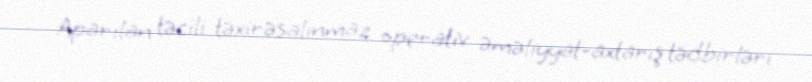
Aparılan təcili təxirəsalınmaz operativ əməliyyat-axtarış tədbirləri